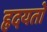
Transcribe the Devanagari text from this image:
हृदयतो